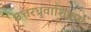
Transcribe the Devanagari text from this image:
उत्तरध्रुवाशिवाय